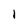
Character: I